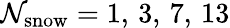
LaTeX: \mathcal{N}_{\mathrm{{snow}}}=1,\, 3,\, 7,\, 13